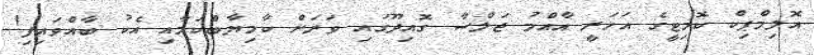
އޮލިމްޕިކް ކޮމިޓީގެ އަހަރީ އާއްމު ޖަލްސާ ގޮއިދޫގައި ވަރަށް ކާމިޔާބްކަމާއި އެކު ބާއްވައިފި!